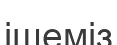
ішеміз